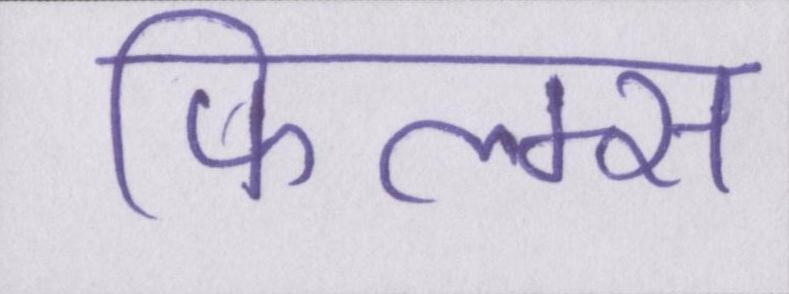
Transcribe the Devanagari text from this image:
फिल्म्स